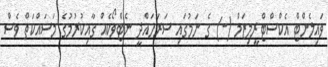
ވައިލެންޓް އެކްސްޓްރީމިޒަމް (-) ގެ ނަމުގައި ސަރަހައްދީ ނެޓްވޯކެއް ގާއިކުރުމުގެ މަސައްކަތް ވެސް